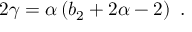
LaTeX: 2 \gamma = \alpha \left( b _ { 2 } + 2 \alpha - 2 \right) \ .